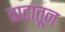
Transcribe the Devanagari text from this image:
वाटातून